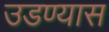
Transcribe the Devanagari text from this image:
उडण्यास